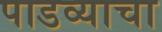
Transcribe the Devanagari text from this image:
पाडव्याचा